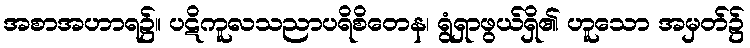
အစာအဟာရ၌။ ပဋိကူလသညာပရိစိတေန၊ ရွံရှာဖွယ်ရှိ၏ ဟူသော အမှတ်၌